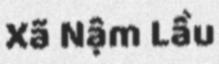
Xã Nậm Lầu